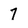
Character: 7